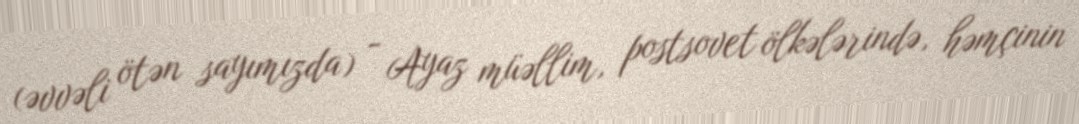
(əvvəli ötən sayımızda) - Ayaz müəllim, postsovet ölkələrində, həmçinin